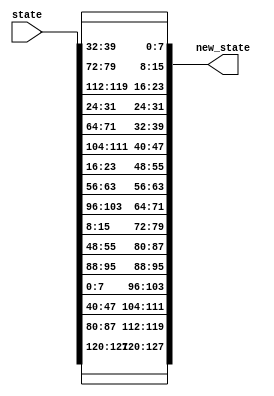
module ShiftRows(
    input [127:0] state,
    output [127:0] new_state
);
    wire [7:0] s [0:15];
    
    assign {s[0], s[1], s[2], s[3], s[4], s[5], s[6], s[7], s[8], s[9], s[10], s[11], s[12], s[13], s[14], s[15]} = state;

    assign new_state = {s[0], s[5], s[10], s[15],  // First row
                        s[4], s[9], s[14], s[3],   // Second row shifted left by 1
                        s[8], s[13], s[2], s[7],   // Third row shifted left by 2
                        s[12], s[1], s[6], s[11]}; // Fourth row shifted left by 3
endmodule